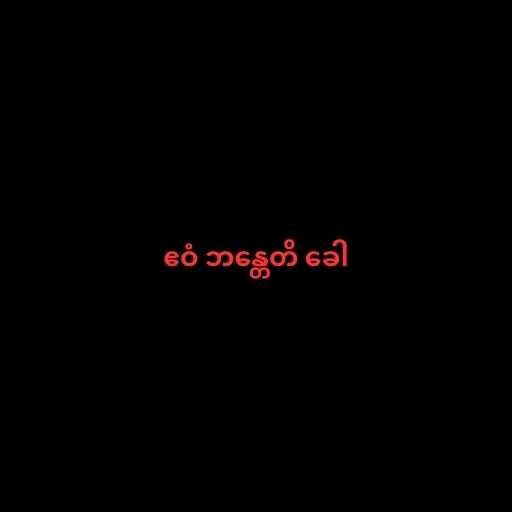
ဧဝံ ဘန္တေတိ ခေါ